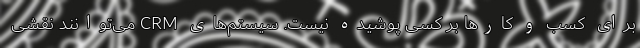
برای کسب و کارها بر کسی پوشیده نیست. سیستم‌­های CRM می‌توانند نقشی